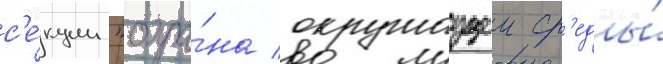
с'е́кции "охра́на окружаущеи ср'еды́